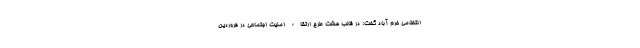
انتظامی خرم آباد گفت: در قالب هشت طرح ارتقاء امنیت اجتماعی در فروردین